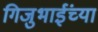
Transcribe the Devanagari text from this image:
गिजुभाईंच्या